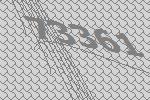
73361